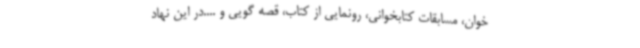
خوان، مسابقات کتابخوانی، رونمایی از کتاب، قصه گویی و ....در این نهاد